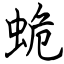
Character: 蛫